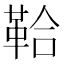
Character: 鞈